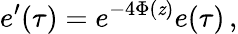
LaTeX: e^{\prime}(\tau)=e^{-4\Phi(\mathit{z})}e(\tau)\, ,